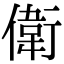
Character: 𬿭